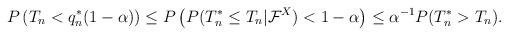
LaTeX: \begin{align*}P\left(T_n< q_n^*(1-\alpha)\right)&\leq P\left(P(T_n^*\leq T_n|\mathcal{F}^X)< 1-\alpha\right)\leq\alpha^{-1}P(T_n^*>T_n).\end{align*}